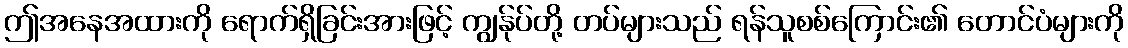
ဤအနေအထားကို ရောက်ရှိခြင်းအားဖြင့် ကျွန်ုပ်တို့ တပ်များသည် ရန်သူစစ်ကြောင်း၏ တောင်ပံများကို